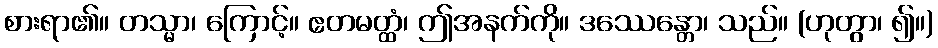
စားရာ၏။ တသ္မာ၊ ကြောင့်။ ဧတမတ္ထံ၊ ဤအနက်ကို။ ဒဿေန္တော၊ သည်။ (ဟုတွာ၊ ၍။)